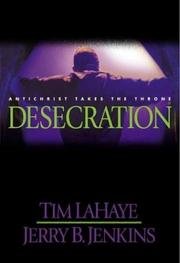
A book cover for Desecration - Antichrist Takes The Throne - The Continuing Drama Of Those Left Behind, Book 9; Tim; Jenkins, Jerry B. Lahaye; Religion & Spirituality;